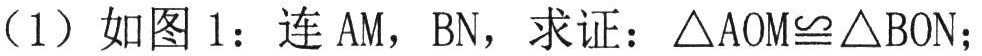
（1）如图 1：连 AM，BN，求证：\(\triangle AOM\cong\triangle BON\)；